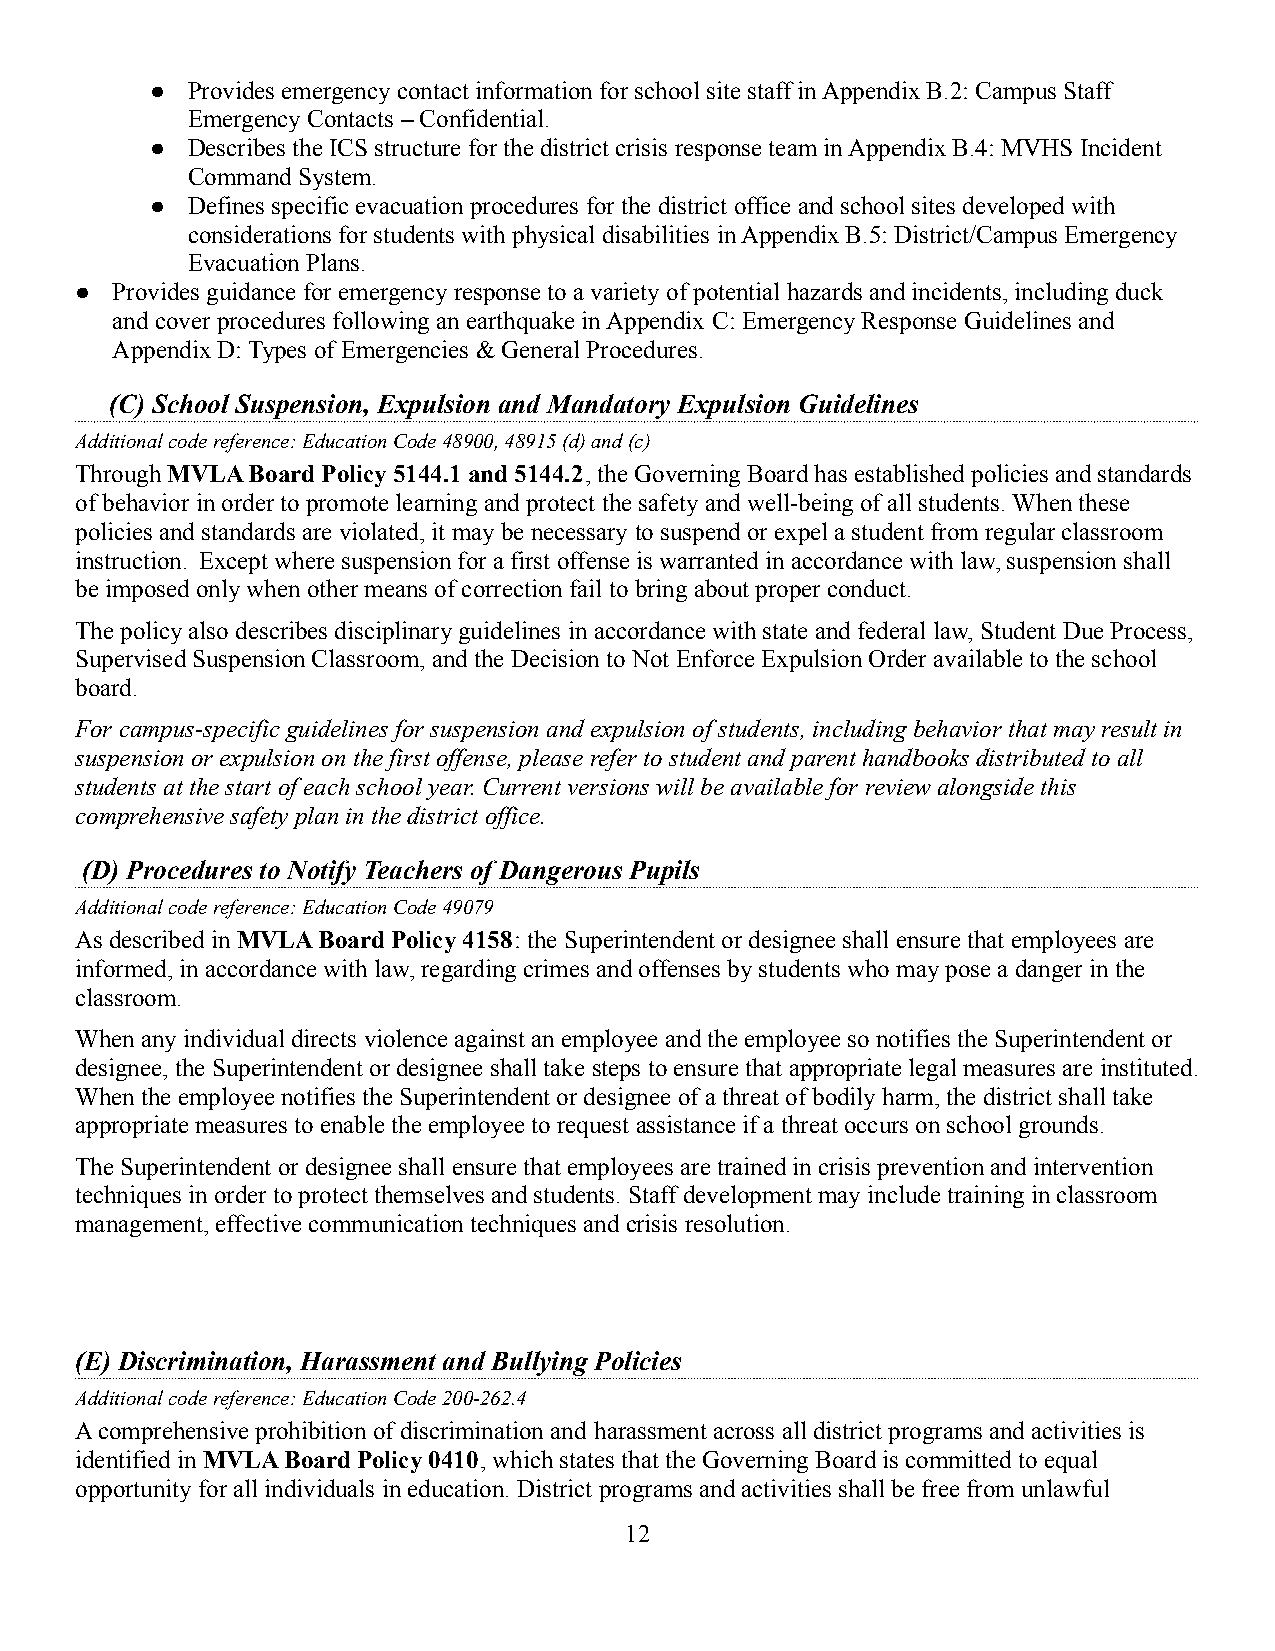
● Provides emergency contact information for school site staff in Appendix B.2: Campus Staff
 Emergency Contacts – Confidential.
 ● Describes the ICS structure for the district crisis response team in Appendix B.4: MVHS Incident
 Command System.
 ● Defines specific evacuation procedures for the districtoffice and school sites developed with
 considerations for students with physical disabilities in Appendix B.5: District/Campus Emergency
 Evacuation Plans.
 ● Provides guidance for emergency response to a varietyof potential hazards and incidents, including duck
 and cover procedures following an earthquake in Appendix C: Emergency Response Guidelines and
 Appendix D: Types of Emergencies & General Procedures.
 (C) School Suspension, Expulsion and Mandatory Expulsion Guidelines
 Additional code reference: Education Code 48900, 48915(d) and (c)
 Through MVLA Board Policy 5144.1 and 5144.2, the GoverningBoard has established policies and standards
 of behavior in order to promote learning and protectthe safety and well-being of all students. When these
 policies and standards are violated, it may be necessaryto suspend or expel a student from regular classroom
 instruction. Except where suspension for a first offense is warranted in accordance with law, suspensionshall
 be imposed only when other means of correction fail to bring about proper conduct.
 The policy also describes disciplinary guidelinesin accordance with state and federal law, Student Due Process,
 Supervised Suspension Classroom, and the Decisionto Not Enforce Expulsion Order available to the school
 board.
 For campus-specific guidelines for suspension and expulsion of students, including behavior that mayresult in
 suspension or expulsion on the first offense, please refer to student and parent handbooks distributedto all
 students at the start of each school year. Currentversions will be available for review alongside this
 comprehensive safety plan in the district office.
 (D) Procedures to Notify Teachers of Dangerous Pupils
 Additional code reference: Education Code 49079
 As described inMVLA Board Policy 4158: the Superintendent or designee shall ensure that employees are
 informed, in accordance with law, regarding crimes and offenses by students who may pose a danger inthe
 classroom.
 When any individual directs violence against an employee and the employee so notifies the Superintendent or
 designee, the Superintendent or designee shall takesteps to ensure that appropriate legal measures are instituted.
 When the employee notifies the Superintendent or designeeof a threat of bodily harm, the district shall take
 appropriate measures to enable the employee to requestassistance if a threat occurs on school grounds.
 The Superintendent or designee shall ensure that employeesare trained in crisis prevention and intervention
 techniques in order to protect themselves and students.Staff development may include training in classroom
 management, effective communication techniques and crisis resolution.
 (E) Discrimination, Harassment and Bullying Policies
 Additional code reference: Education Code 200-262.4
 A comprehensive prohibition of discrimination and harassment across all district programs and activities is
 identified in MVLA Board Policy 0410, which statesthat the Governing Board is committed to equal
 opportunity for all individuals in education. District programs and activities shall be free from unlawful
 12